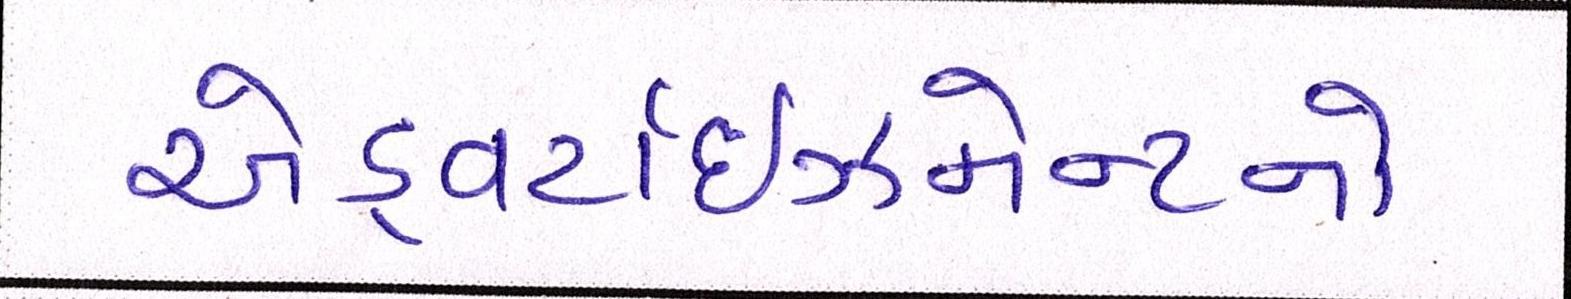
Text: એડ્વર્ટાઇઝમેન્ટનો